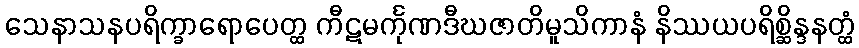
သေနာသနပရိက္ခာရောပေတ္ထ ကီဋမင်္ကုဏဒီဃဇာတိမူသိကာနံ နိဿယပရိစ္ဆိန္ဒနတ္ထံ